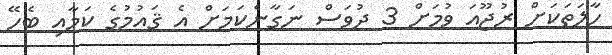
ހާލަތަކަށް ރުޖޫއަ ވުމަށް 3 ދުވަސް ނަގާނެކަމަށް އެ ޤައުމުގެ ކަމާއި ބެހޭ